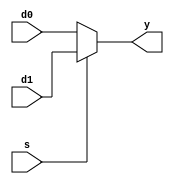
// Description of a 2:1 Multiplexer

module mux2 # (parameter WIDTH = 8)
              (input [WIDTH-1:0] d0, d1,
               input s,
               output [WIDTH-1:0] y);
  assign y = s ? d1 : d0;
endmodule